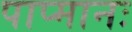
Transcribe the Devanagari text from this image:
पाप्मानः